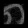
Digit: ၈